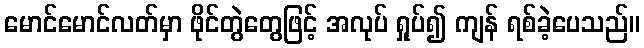
မောင်မောင်လတ်မှာ ဖိုင်တွဲတွေဖြင့် အလုပ် ရှုပ်၍ ကျန် ရစ်ခဲ့ပေသည်။